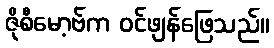
ဇိုစီမော့ဗ်က ဝင်ဖျန်ဖြေသည်။